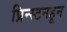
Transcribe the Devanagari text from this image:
प्रिन्स्टनहून